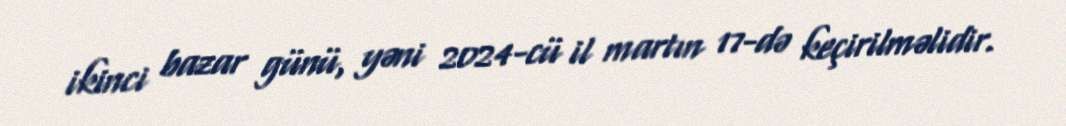
ikinci bazar günü, yəni 2024-cü il martın 17-də keçirilməlidir.